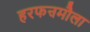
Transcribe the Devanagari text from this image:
हरफऩमौला